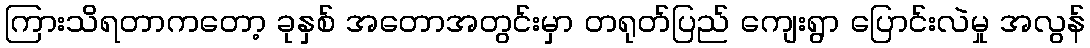
ကြားသိရတာကတော့ ခုနှစ် အတောအတွင်းမှာ တရုတ်ပြည် ကျေးရွာ ပြောင်းလဲမှု အလွန်